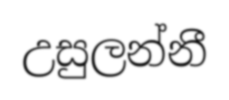
උසුලන්නී